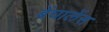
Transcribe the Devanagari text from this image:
बेंघालेंस